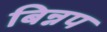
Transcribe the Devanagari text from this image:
बिन्नप